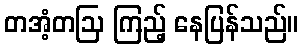
တအံ့တဩ ကြည့် နေပြန်သည်။